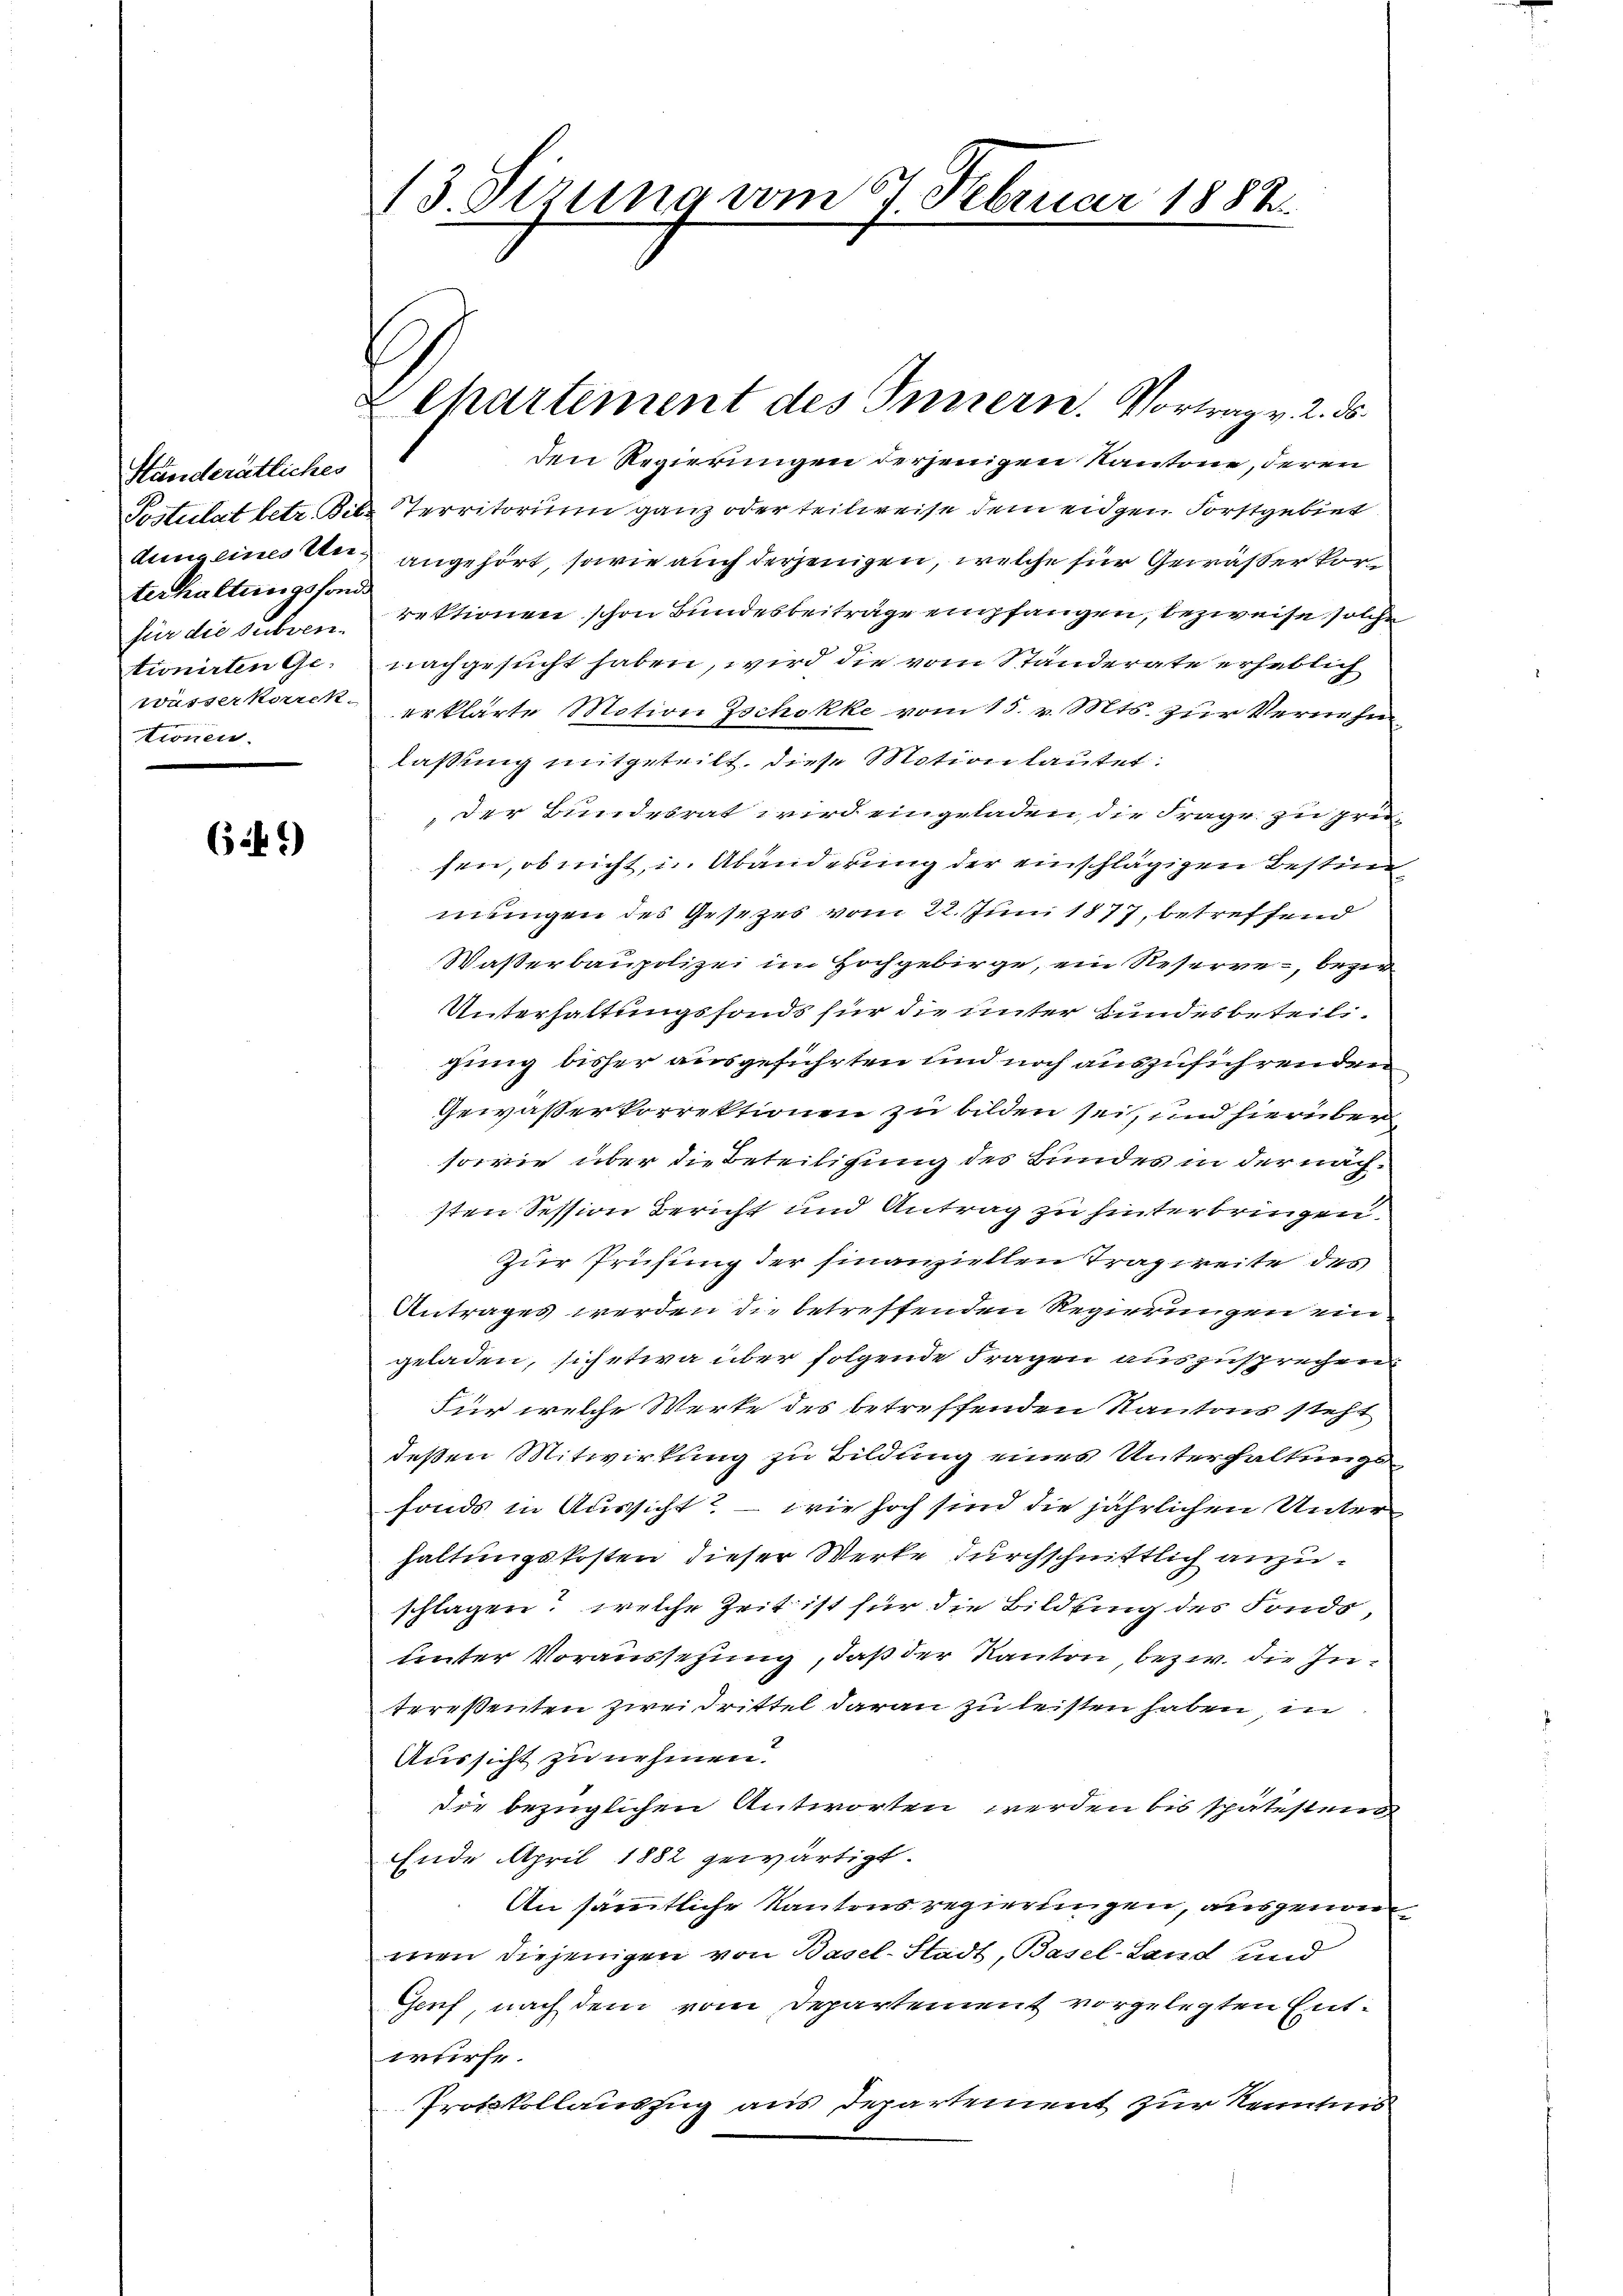
Ständerätliches
terhaltungsfonde
tionen.

(4.)

13. Stzung vom 7. Februar 1888.

Chartement des Innern. Vortrag v. 2. ds.

den Regierungen derjenigen Kantone, deren
Postulat betr. Bild Territorium ganz oder teilweise dem eigen Forstgebiet
dung eines den angehört, sowie auch derjenigen, welche für Gewässer Vorfür die subven, rektionen schon Bundesbeiträge empfangen, bezweife solche
tionirten Ge. nachgesucht haben, wird die vom Standerate erheblich
wässerkorrek erklärte Motion Zschokke vom 15. v. Mts. zur Vernehm
lassung mitgeteilt, diese Motionlautet:
Der Bundesrat wird eingeladen, die Frage zu prüsen, ob nicht, u. Abänderung der einschlägigen Bestim
mungen des Gesezes vom 22. Juni 1877, betreffend
Waßerbaupolizei im Hochgebirge, ein Reserve, bezir
Unterhaltungsfonds für die unter Bundesbeteiligung bisher ausgeführten und noch auszuführenden
Gewässerkorrektionen zu bilden sei, und hierüber
sowie über die Beteiligung des Bundes in der nachsten Session Bericht und Antrag zu hinterbringen.
Zur Prüfung der finanziellen Tragweite des
Antrages werden die betreffenden Regierungen eingeladen, sich etwa über folgende Fragen auszusprechen
Für welche Werke des betreffenden Kantons steht
deßen Mitwirkung zu Bildung eines Unterhaltungs
fonds in Aussicht? – wie hoch sind die jährlichen Unter
haltungskosten dieser Werke durchschnittlich anzuschlagen? welche Zeit ist für die Bildling des Fonds,
unter Voraussetzung, daß der Kanton, bezw. die Zutereßenten zwei Drittel daran zu leisten haben, in
Aussicht zu nehmen.
Die bezüglichen Antworten werden bis spätestens
Ende April 1882 gewärtigt.
An sämmtliche Kantonsregierungen, ausgenommen diejenigen von Basel-Stadt, Basel-Land und
Genf, nach dem vom Departement vorgelegten Entwürfe.
Protokollauszug aus Departement zur Kenntnis